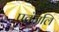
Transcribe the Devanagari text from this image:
पतंजलि